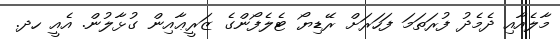
މާލެއާއި ދެމެދު ފުރަތަމަ ފަހަރަށް ރޭޑިޔޯ ޓެލެފޯންގެ ޒަރީޢާއިން ގުޅާލުން. އެއީ ހދ.